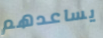
يساعدهم